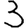
Digit: 3